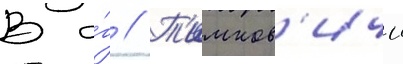
В а́г // Т'имков'ичи